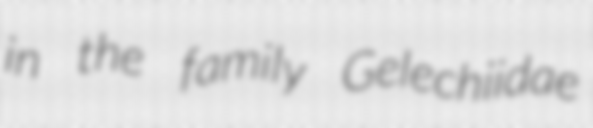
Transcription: in the family Gelechiidae